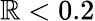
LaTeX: \mathbb{R}<0.2